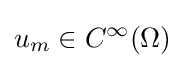
u_{m}\in C^{\infty }(\Omega )